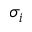
\sigma _ { i }